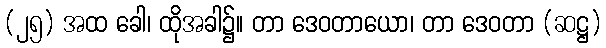
(၂၅) အထ ခေါ၊ ထိုအခါ၌။ တာ ဒေဝတာယော၊ တာ ဒေဝတာ (ဆဋ္ဌ)